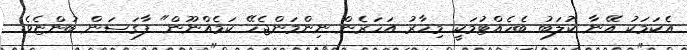
އެކަމަކު އޭނާ ކުލަބު ބެހެއްޓުމަކީ މިހާރު އަހަރެން ނިންމަންޖެހޭ ކަމެއްނޫން" ފާގަސަން ބުންޏެވެ.